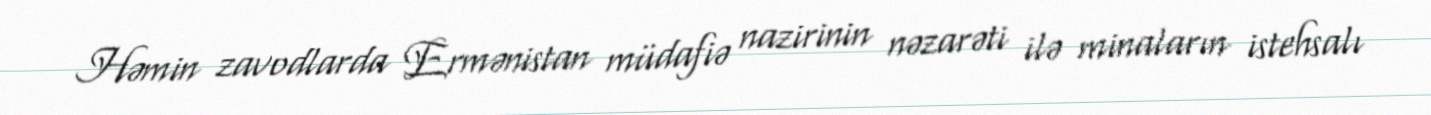
Həmin zavodlarda Ermənistan müdafiə nazirinin nəzarəti ilə minaların istehsalı